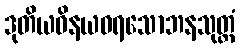
ဒုတိယဝိနယဓရသောဘနသုတ္တံ